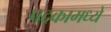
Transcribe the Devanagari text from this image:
पदकामध्ये